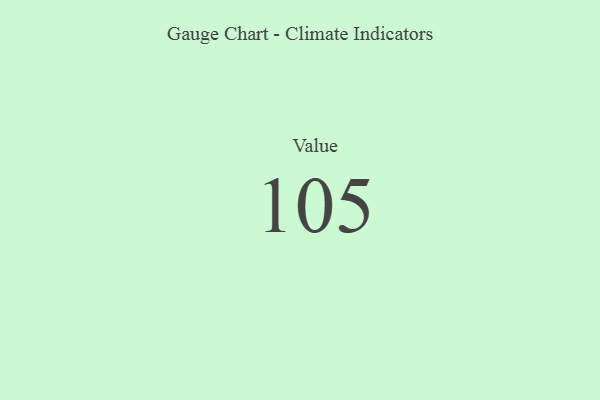
{"axis": {"x": "Metric", "y": "Value"}, "legend": [""], "data": [{"x": "Value", "y": 105, "type": ""}]}